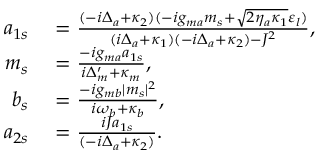
\begin{array} { r l } { a _ { 1 s } } & { { } = \frac { ( - i \Delta _ { a } + \kappa _ { 2 } ) ( - i g _ { m a } m _ { s } + \sqrt { 2 \eta _ { a } \kappa _ { 1 } } \varepsilon _ { l } ) } { ( i \Delta _ { a } + \kappa _ { 1 } ) ( - i \Delta _ { a } + \kappa _ { 2 } ) - J ^ { 2 } } , } \\ { m _ { s } } & { { } = \frac { - i g _ { m a } a _ { 1 s } } { i \Delta _ { m } ^ { \prime } + \kappa _ { m } } , } \\ { b _ { s } } & { { } = \frac { - i g _ { m b } | m _ { s } | ^ { 2 } } { i \omega _ { b } + \kappa _ { b } } , } \\ { a _ { 2 s } } & { { } = \frac { i J a _ { 1 s } } { ( - i \Delta _ { a } + \kappa _ { 2 } ) } . } \end{array}